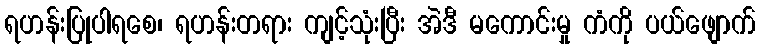
ရဟန်းပြုပါရစေ၊ ရဟန်းတရား ကျင့်သုံးပြီး အဲဒီ မကောင်းမှု ကံကို ပယ်ဖျောက်